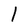
Character: l